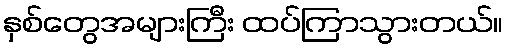
နှစ်တွေအများကြီး ထပ်ကြာသွားတယ်။